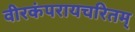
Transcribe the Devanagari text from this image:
वीरकंपरायचरितम्